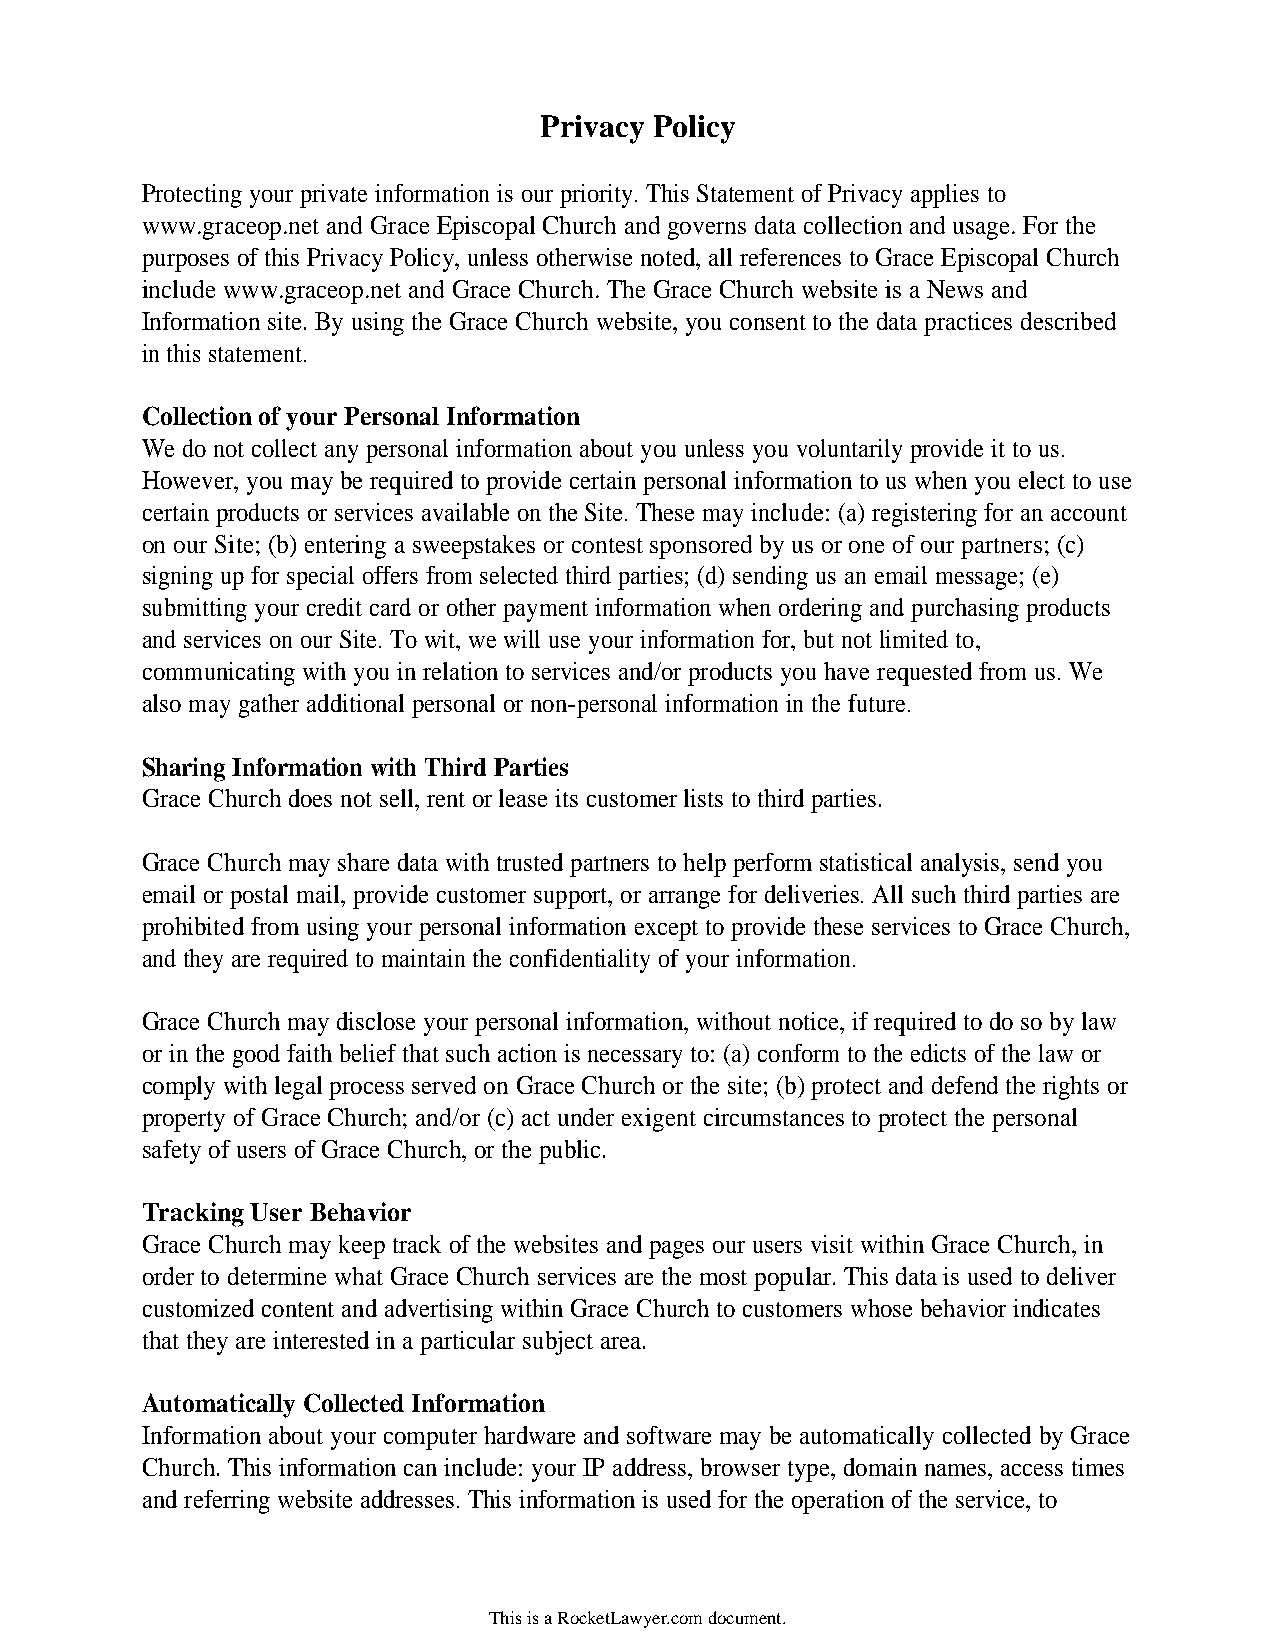
Privacy Policy
 Protecting your private information is our priority. This Statement of Privacy applies to
 www.graceop.net and Grace Episcopal Church and governs data collection and usage. For the
 purposes of this Privacy Policy, unless otherwise noted, all references to Grace Episcopal Church
 include www.graceop.net and Grace Church. The Grace Church website is a News and
 Information site. By using the Grace Church website, you consent to the data practices described
 in this statement.
 Collection of your Personal Information
 We do not collect any personal information about you unless you voluntarily provide it to us.
 However, you may be required to provide certain personal information to us when you elect to use
 certain products or services available on the Site. These may include: (a) registering for an account
 on our Site; (b) entering a sweepstakes or contest sponsored by us or one of our partners; (c)
 signing up for special offers from selected third parties; (d) sending us an email message; (e)
 submitting your credit card or other payment information when ordering and purchasing products
 and services on our Site. To wit, we will use your information for, but not limited to,
 communicating with you in relation to services and/or products you have requested from us. We
 also may gather additional personal or non-personal information in the future.
 Sharing Information with Third Parties
 Grace Church does not sell, rent or lease its customer lists to third parties.
 Grace Church may share data with trusted partners to help perform statistical analysis, send you
 email or postal mail, provide customer support, or arrange for deliveries. All such third parties are
 prohibited from using your personal information except to provide these services to Grace Church,
 and they are required to maintain the confidentiality of your information.
 Grace Church may disclose your personal information, without notice, if required to do so by law
 or in the good faith belief that such action is necessary to: (a) conform to the edicts of the law or
 comply with legal process served on Grace Church or the site; (b) protect and defend the rights or
 property of Grace Church; and/or (c) act under exigent circumstances to protect the personal
 safety of users of Grace Church, or the public.
 Tracking User Behavior
 Grace Church may keep track of the websites and pages our users visit within Grace Church, in
 order to determine what Grace Church services are the most popular. This data is used to deliver
 customized content and advertising within Grace Church to customers whose behavior indicates
 that they are interested in a particular subject area.
 Automatically Collected Information
 Information about your computer hardware and software may be automatically collected by Grace
 Church. This information can include: your IP address, browser type, domain names, access times
 and referring website addresses. This information is used for the operation of the service, to
 This is a RocketLawyer.com document.